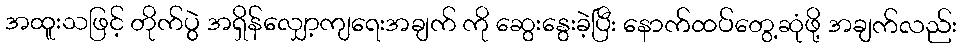
အထူးသဖြင့် တိုက်ပွဲ အရှိန်လျှော့ကျရေးအချက် ကို ဆွေးနွေးခဲ့ပြီး နောက်ထပ်တွေ့ဆုံဖို့ အချက်လည်း